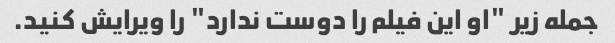
جمله زیر "او این فیلم را دوست ندارد" را ویرایش کنید.